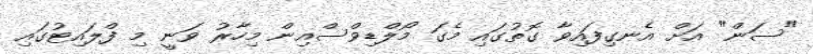
"ސަން" އަށް އެނގިފައިވާ ގޮތުގައި މެގަ މޯލްޑިވްސްއިން މިހާރު ވަނީ މި ފްލައިޓުގައި